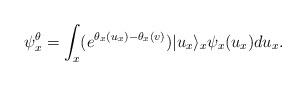
LaTeX: \begin{align*} \psi^{\theta}_{x}=\int_{x}(e^{\theta_{x}(u_{x})-\theta_{x}(v)})|u_{x}\rangle_{x}\psi_{x}(u_{x})du_{x}.\end{align*}